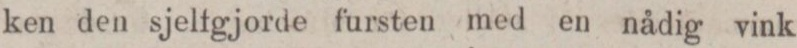
ken den sjeltgjorde fursten med en nådig vink